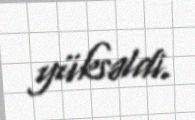
yüksəldi.